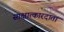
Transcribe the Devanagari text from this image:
साक्षात्कारदाता